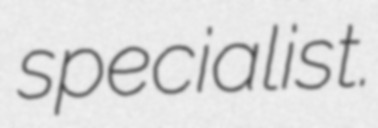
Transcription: specialist.